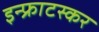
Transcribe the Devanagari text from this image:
इन्फ्राटस्कर